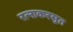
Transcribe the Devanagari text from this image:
रत्नाकरसुत